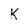
Character: k